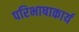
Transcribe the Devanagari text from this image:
परिभाषाकार्य